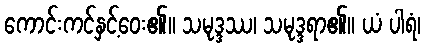
ကောင်းကင်နှင့်ဝေး၏။ သမုဒ္ဒဿ၊ သမုဒ္ဒရာ၏။ ယံ ပါရံ၊